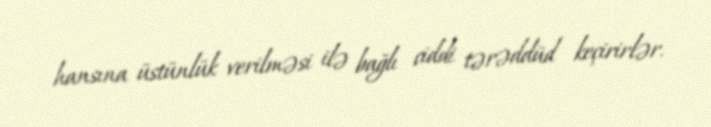
hansına üstünlük verilməsi ilə bağlı ciddi tərəddüd keçirirlər.